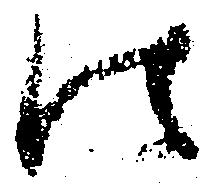
法